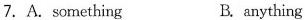
7.A.something B.anything